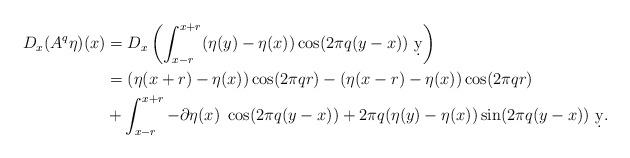
LaTeX: \begin{align*}D_x(A^q\eta)(x) &= D_x\left(\int_{x-r}^{x+r} (\eta(y)-\eta(x))\cos(2\pi q (y-x))\ \d y\right)\\&=(\eta(x+r)-\eta(x))\cos(2\pi q r) - (\eta(x-r)-\eta(x))\cos(2\pi q r)\\&+\int_{x-r}^{x+r} -\partial \eta(x)\ \cos(2\pi q (y-x)) + 2\pi q (\eta(y)-\eta(x))\sin(2\pi q (y-x)) \ \d y.\end{align*}